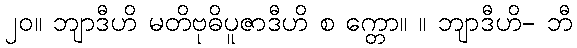
၂၀။ ဘျာဒီဟိ မတိဗုဓိပူဇာဒီဟိ စ က္တော။ ။ ဘျာဒီဟိ- ဘီ